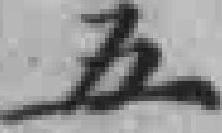
五